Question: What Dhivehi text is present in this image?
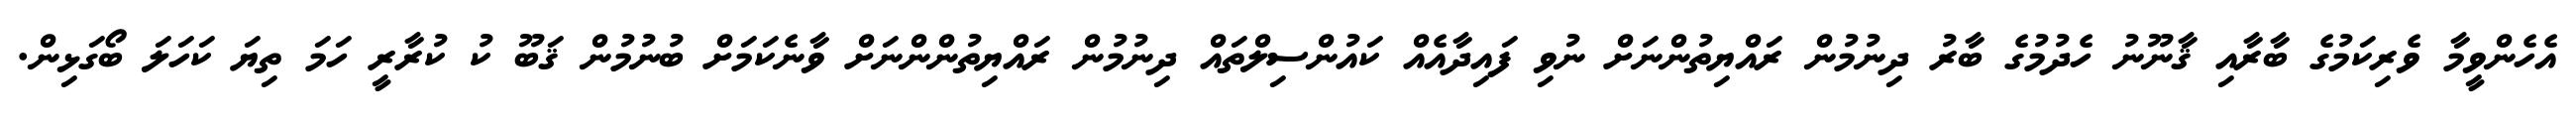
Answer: އެހެންވީމާ ވެރިކަމުގެ ބާރާއި ޤާނޫނު ހެދުމުގެ ބާރު ދިނުމުން ރައްޔިތުންނަށް ނުވި ފައިދާއެއް ކައުންސިލްތައް ދިނުމުން ރައްޔިތުންންނަށް ވާނެކަމަށް ބުނުމުން ޤަބޫ ކު ކުރާރީ ހަމަ ތިޔަ ކަހަލަ ބޯގަޅިން.